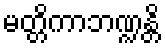
မတ္တိကာဘဏ္ဍန္တိ